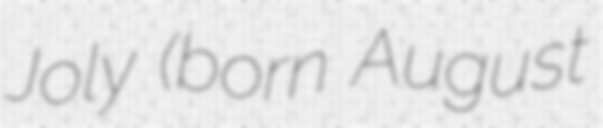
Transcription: Joly (born August